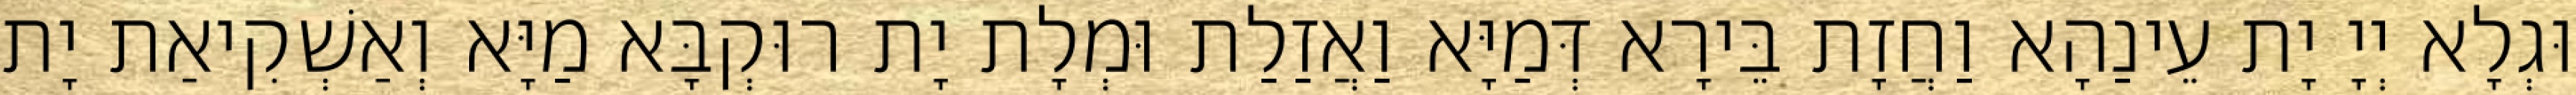
וּגְלָא יְיָ יָת עֵינַהָא וַחֲזָת בֵּירָא דְּמַיָּא וַאֲזַלַת וּמְלָת יָת רוּקְבָּא מַיָּא וְאַשְׁקִיאַת יָת